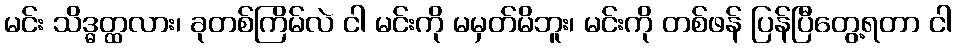
မင်း သိဒ္ဓတ္ထလား၊ ခုတစ်ကြိမ်လဲ ငါ မင်းကို မမှတ်မိဘူး၊ မင်းကို တစ်ဖန် ပြန်ပြီတွေ့ရတာ ငါ